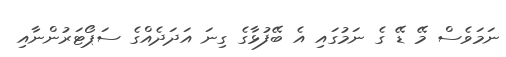
ނަމަވެސް މޭ ޑޭ ގެ ނަމުގައި އެ ބޭފުޅާގެ ގިނަ އަދަދެއްގެ ސަޕޯޓަރުންނާއި